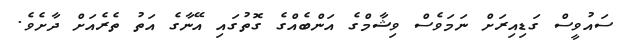
ސައުވީސް ގަޑިއިރަށް ނަމަވެސް ވިޝާމްގެ އަންބެއްގެ ގޮތުގައި އޭނާގެ އަތު ތެރެއަށް ދާށެވެ.